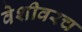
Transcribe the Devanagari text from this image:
वेशीवरच